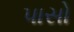
પાસો